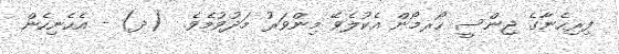
ފިރިހެނާގެ ޖިންސީ ހޯރމޯން އެކުލެވޭ މިންވަރު މަދުވުމެވެ.  (ދ) - އެހެނިހެން